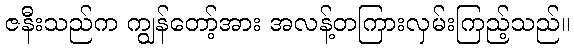
ဇနီးသည်က ကျွန်တော့်အား အလန့်တကြားလှမ်းကြည့်သည်။